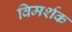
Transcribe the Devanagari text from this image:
विमर्शक